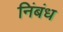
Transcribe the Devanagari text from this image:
निंबंध